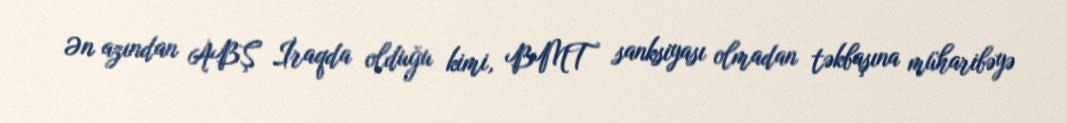
Ən azından ABŞ İraqda olduğu kimi, BMT sanksiyası olmadan təkbaşına müharibəyə